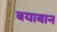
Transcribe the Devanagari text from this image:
बयाबान